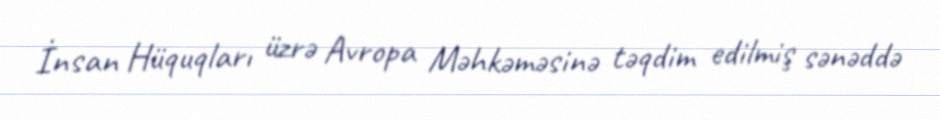
İnsan Hüquqları üzrə Avropa Məhkəməsinə təqdim edilmiş sənəddə